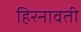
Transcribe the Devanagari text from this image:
हिरनावती